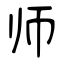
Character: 师